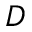
D